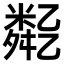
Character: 𠄈